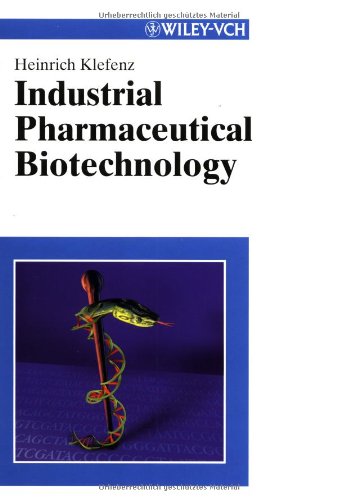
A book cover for Industrial Pharmaceutical Biotechnology; Heinrich Klefenz; Medical Books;